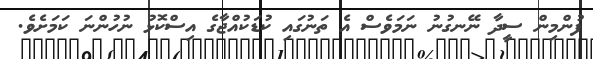
ފުންމިންް ސީދާ ނޭނގުނު ނަމަވެސް އެ ތަނުގައި ކުޑަކުއްޖާގެ އިސްކޮޅު ނުހުންނަ ކަމަށެވެ.